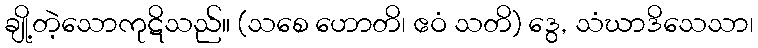
ချို့တဲ့သောကုဋိသည်။ (သစေ ဟောတိ၊ ဧဝံ သတိ) ဒွေ, သံဃာဒိသေသာ၊